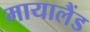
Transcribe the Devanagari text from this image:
मायालैंड